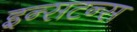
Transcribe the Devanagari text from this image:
इन्सटन्स